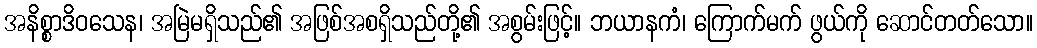
အနိစ္စာဒိဝသေန၊ အမြဲမရှိသည်၏ အဖြစ်အစရှိသည်တို့၏ အစွမ်းဖြင့်။ ဘယာနကံ၊ ကြောက်မက် ဖွယ်ကို ဆောင်တတ်သော။